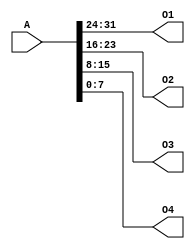
`timescale 1ns / 1ps
//////////////////////////////////////////////////////////////////////////////////
// Company: 
// Engineer: 
// 
// Design Name: 
// Module Name:    splitter 
// Project Name: 
// Target Devices: 
// Tool versions: 
// Description: 
//
// Dependencies: 
//
// Revision: 
// Revision 0.01 - File Created
// Additional Comments: 
//
//////////////////////////////////////////////////////////////////////////////////
module splitter(
	input [31:0]A,
	output [7:0]O1,//31-24
	output [7:0]O2,//23-16
	output [7:0]O3,//15-8
	output [7:0]O4//7-0
    );
	 assign O1 = A[31:24];
	 assign O2 = A[23:16];
	 assign O3 = A[15:8];
	 assign O4 = A[7:0];


endmodule